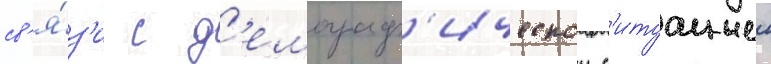
св'я́з'и с д'емограф'ическои с'итуациеи